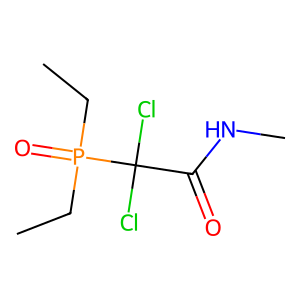
SMILES: CCP(=O)(CC)C(Cl)(Cl)C(=O)NC
Inhibits HIV replication: No